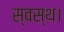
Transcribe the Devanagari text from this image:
स्वस्थ।